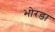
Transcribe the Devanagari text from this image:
भोरडा